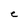
Character: C